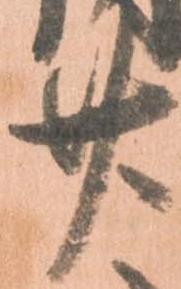
廿